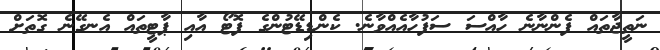
ނަތީޖާތައް ފެންނާނެ ހާއްސަ ސަފުހާއެއްވާނެ. ކެންޑިޑޭޓުންގެ ފޮޓޯ އާއި ޕާޓީތައް އެނގޭނެ ގޮތަށް